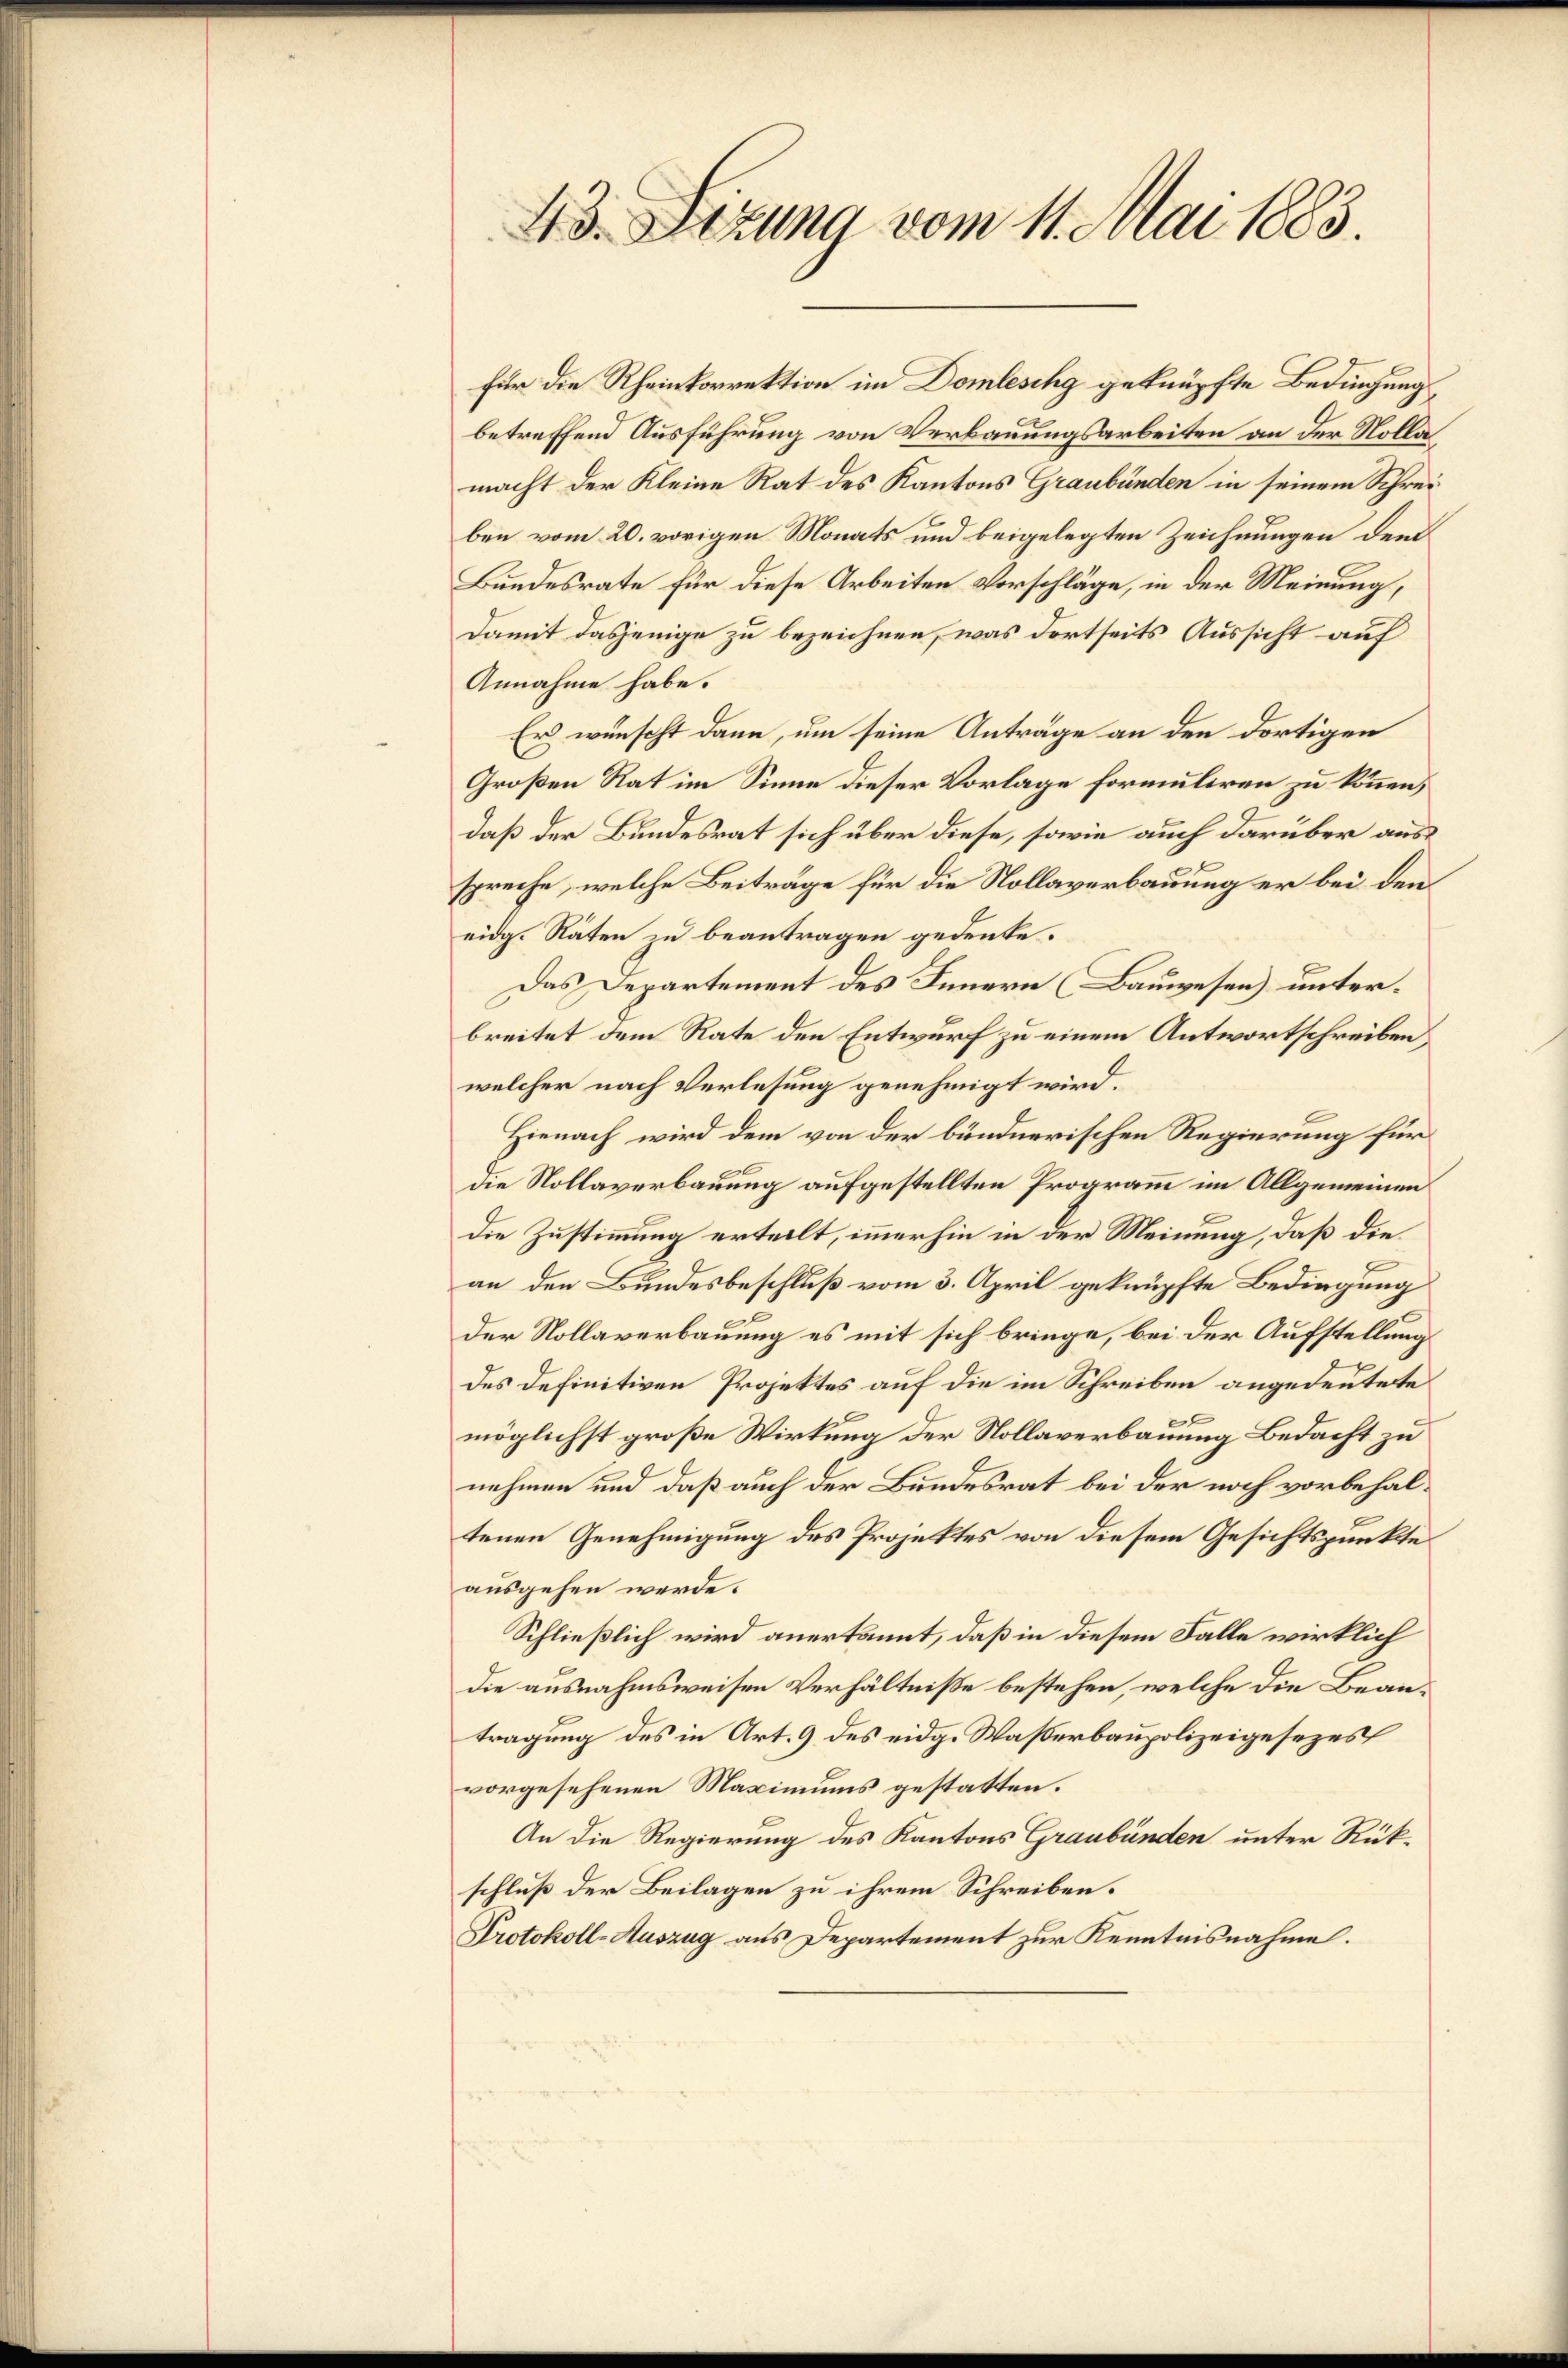
43. Sitzung vom 11. Mai 1883.

Für die Rheinkorrektion im Domleschg geknüpfte Bedingung
betreffend Ausführung von Verbauungsarbeiten an der Nollamacht der Kleine Rat des Kantons Graubünden in seinem Schreiben vom 20. vorigen Monats und beigelegten Zeichnungen dem
Bundesrate für diese Arbeiten Vorschläge, in der Meinung,
Damit dasjenige zu bezeichnen, was dortseits Aussicht auf
Annahme habe.
Er wünscht dann, um seine Anträge an den dortigen
Großen Rat im Sinne dieser Vorlage formuliren zu können,
daß der Bundesrat sich über diese, sowie auch darüber ausspreche, welche Beiträge für die Kollaverbauung er bei den
eidg. Räten zu beantragen gedenke.
Das Departement des Innern (Bauwesen) unterbreitet dem Rate den Entwurf zu einem Antwortschreiben
welcher nach Verlesung genehmigt wird.
Hienach wird dem von der bündnerischen Regierung für
die Kollaverbauung aufgestellten Programm im Allgemeinen
die Zustimmung erteilt, immerhin in der Meinung, daß diean den Bundesbeschluß vom 3. April geknüpfte Bedingung
der Kollaverbauung es mit sich bringe, bei der Aufstellung
des Definitiven Projektes auf die im Schreiben angedeutete
c
x
möglichst große Wirkung der Rollaverbauung Bedacht zu
nehmen und daß auch der Bundesrat bei der noch vorbehaltenen Genehmigung des Projektes von diesem Gesichtspunkte
ausgehen werde.
Schließlich wird anerkannt, daß in diesem Falle wirklich
die ausnahmsweisen Verhältniße bestehen, welche die Beantragung des in Art. 9 des eidg. Waßerbaupolizeigesezes
vorgesehenen Maximums gestatten.
An die Regierung des Kantons Graubünden unter Rückschluß der Beilagen zu ihrem Schreiben.
Protokoll-Auszug aus Departement zur Kenntnisnahme.